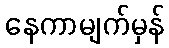
နေကာမျက်မှန်